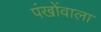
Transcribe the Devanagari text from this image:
पंखोंवाला